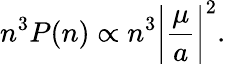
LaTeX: n^{3}P(n)\propto n^{3}\biggl\vert\frac{\mu}{a}\biggr\vert^{2}.